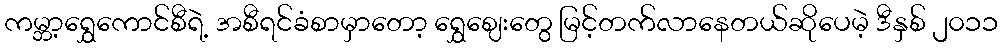
ကမ္ဘာ့ရွှေကောင်စီရဲ့ အစီရင်ခံစာမှာတော့ ရွှေဈေးတွေ မြင့်တက်လာနေတယ်ဆိုပေမဲ့ ဒီနှစ် ၂၀၁၁